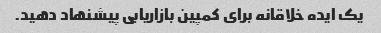
یک ایده خلاقانه برای کمپین بازاریابی پیشنهاد دهید.